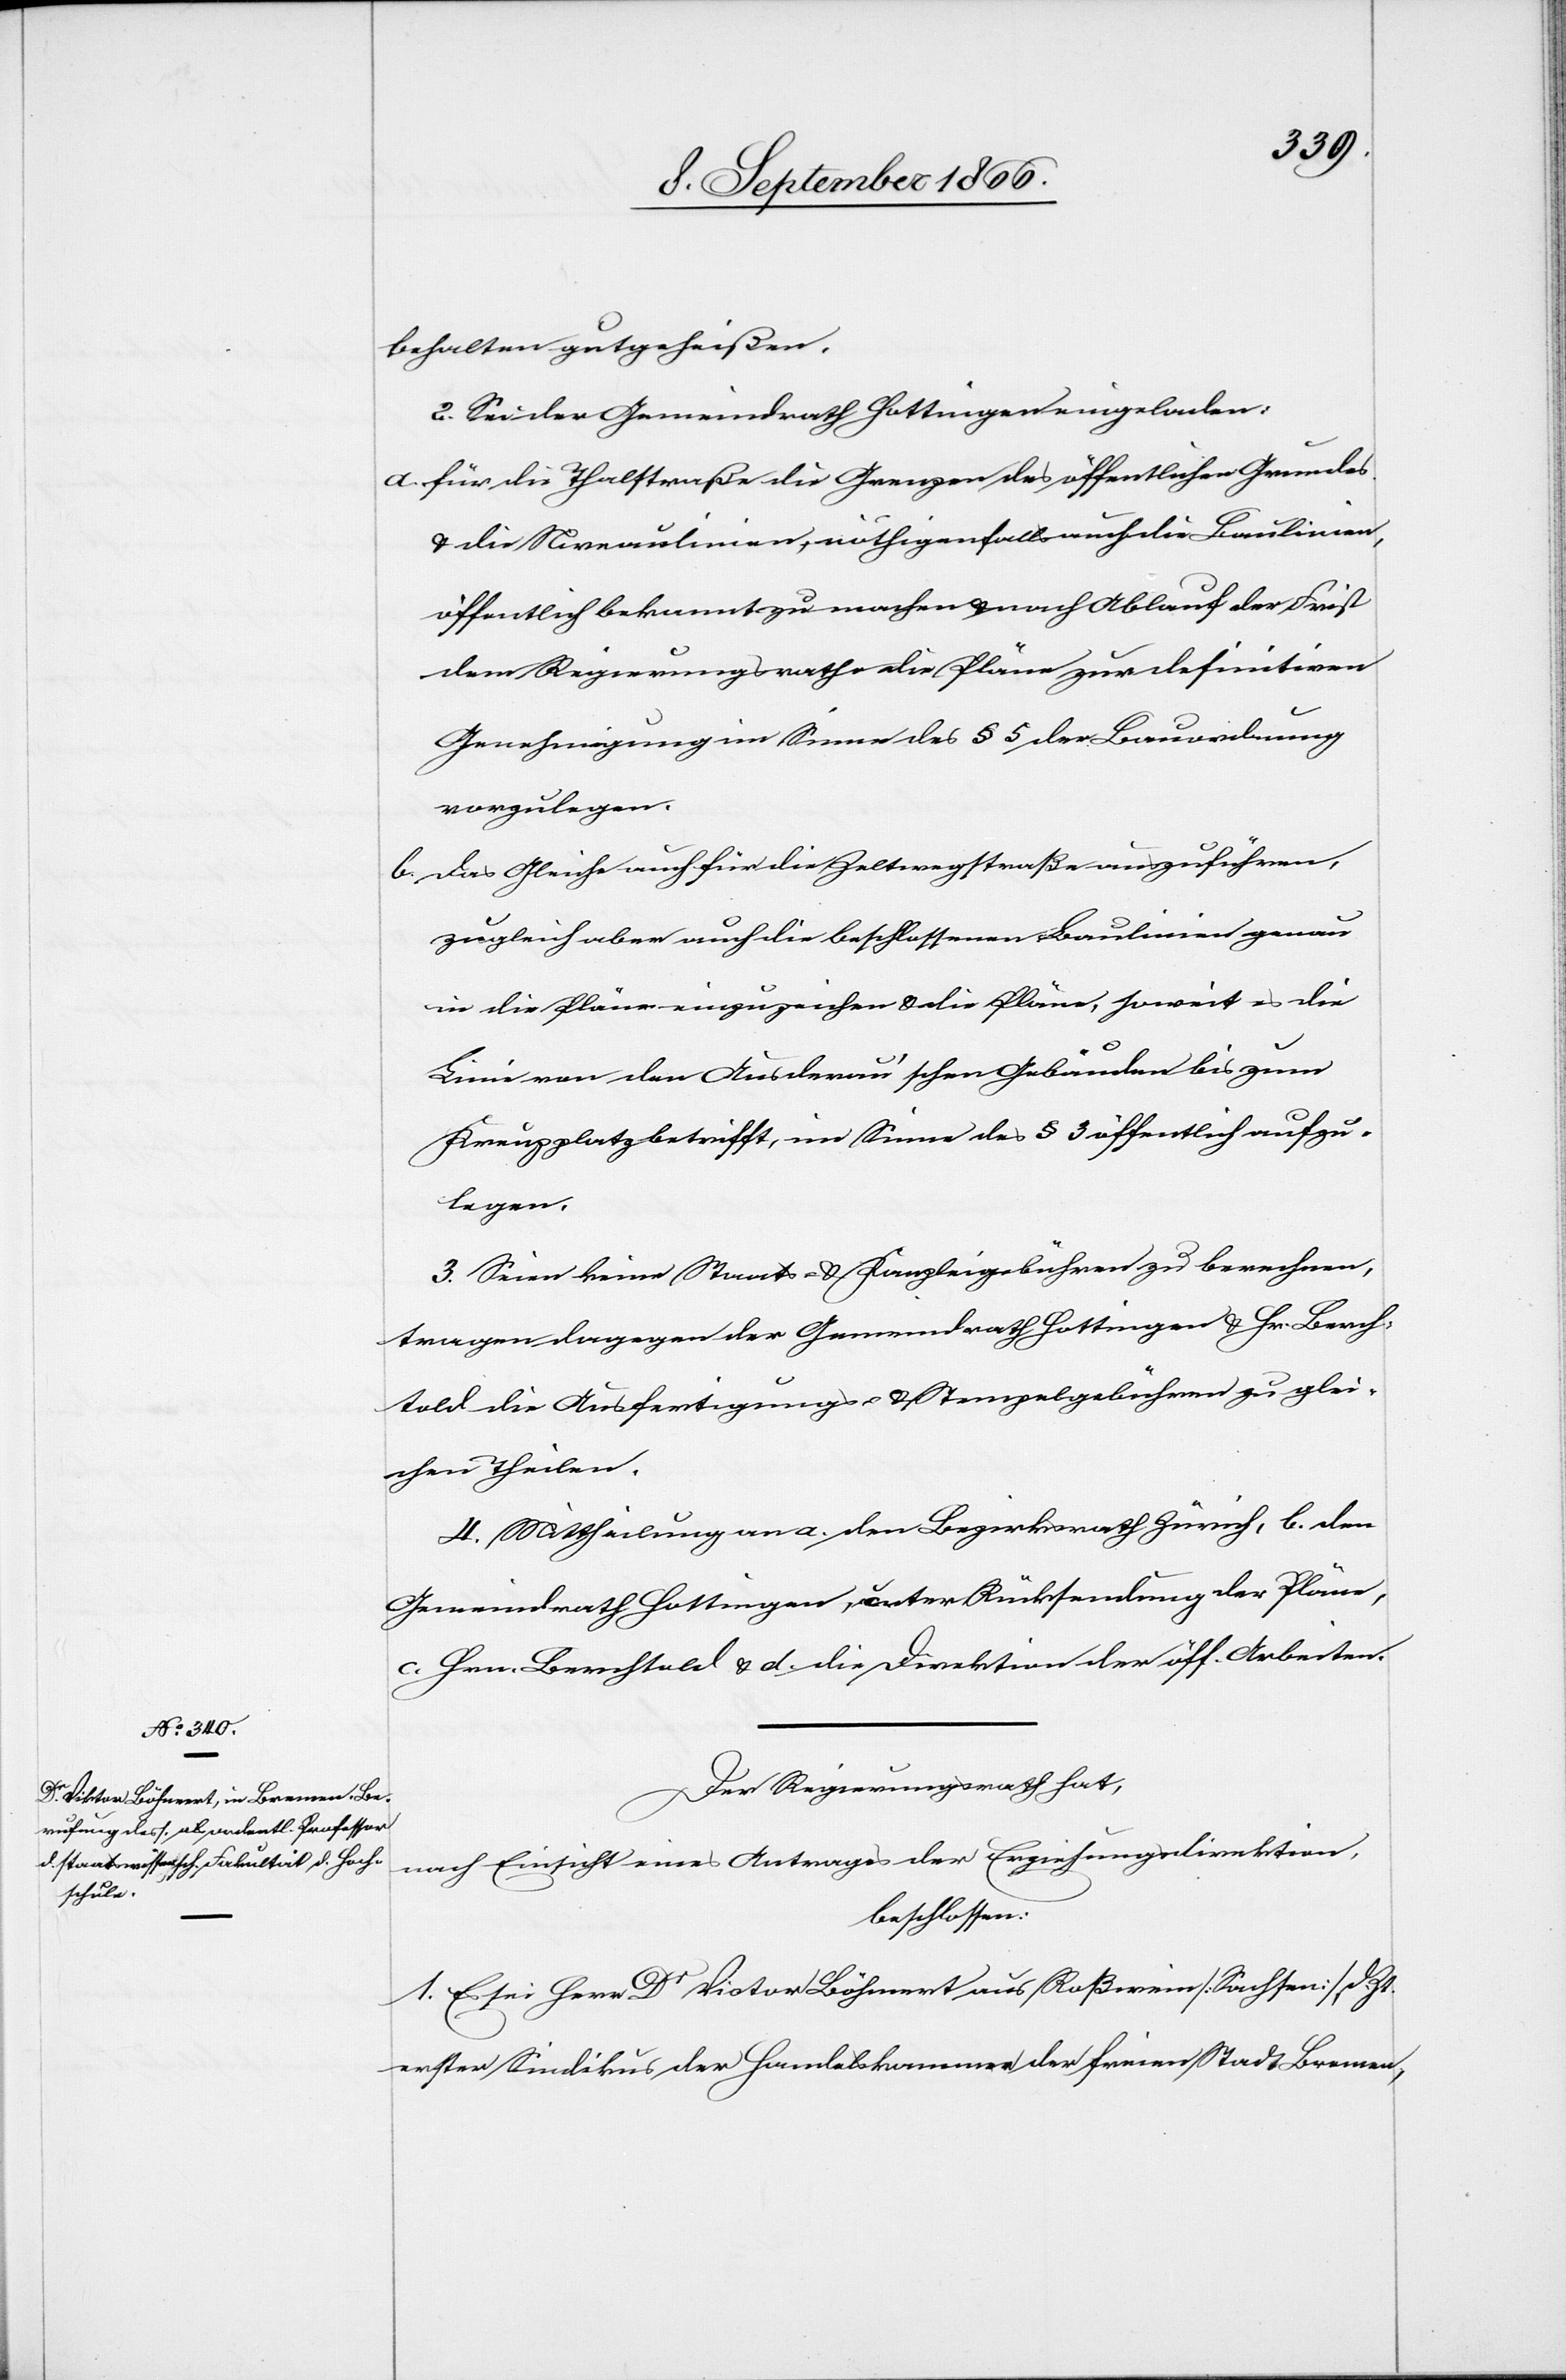
behalten gutgeheißen.
2. Sei der Gemeindrath Hottingen eingeladen:
a. für die Thalstraße die Grenze des öffentlichen Grundes
u. die Niveaulinien, nöthigenfalls auch die Baulinien,
öffentlich bekannt zu machen u. nach Ablauf der Frist
dem Regierungsrathe die Pläne zur definitiven
Genehmigung im Sinne des § 5 der Bauordnung
vorzulegen.
b. das Gleiche auch für die Zeltwegstraße auszuführen,
zugleich aber auch die beschlossenen Baulinien genau
in die Pläne einzuzeichnen u. die Pläne, soweit es die
Linie von den Ausderau’schen Gebäuden bis zum
Kreuzplatz betrifft, im Sinne des § 3 öffentlich aufzu¬
legen.
3. Seien keine Staats- u. Kanzleigebühren zu berechnen,
tragen dagegen der Gemeindrath Hottingen u. Hr. Berch¬
told die Ausfertigungs- u. Stempelgebühren zu glei¬
chen Theilen.
4. Mittheilung an a. den Bezirksrath Zürich, b. den
Gemeindrath Hottingen, unter Rücksendung der Pläne,
c. Hrn. Berchtold u. d. die Direktion der öff. Arbeiten.
Der Regierungsrath hat,
nach Einsicht eines Antrages der Erziehungsdirektion,
beschlossen:
1. Es sei Dr. Victor Böhmert aus Roßwein [Sachsen] d. Zt.
erster Sindikus der Handelskammer der freien Stadt Bremen,